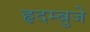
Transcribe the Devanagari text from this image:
हृदम्बुजे